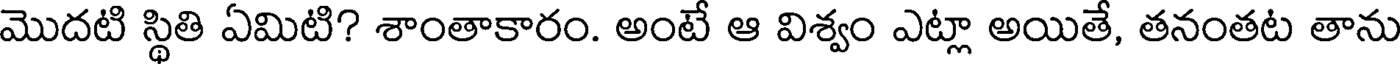
మొదటి స్థితి ఏమిటి? శాంతాకారం. అంటే ఆ విశ్వం ఎట్లా అయితే, తనంతట తాను